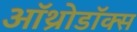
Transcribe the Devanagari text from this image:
ऑथ्रोडॉक्स